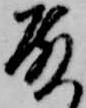
殿